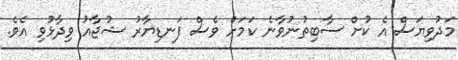
މަދުވިޔަސް އެ ކުށް ސާބިތުނުވާނެ ކަމަށް ވެސް ފަނޑިޔާރު ޝުޖާއު ވިދާޅުވި އެވެ.